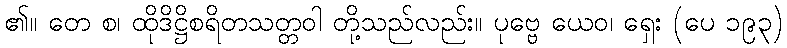
၏။ တေ စ၊ ထိုဒိဋ္ဌိစရိတသတ္တဝါ တို့သည်လည်း။ ပုဗ္ဗေ ယေဝ၊ ရှေး (ပေ ၁၉၃)